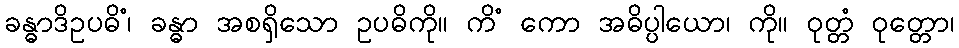
ခန္ဓာဒိဥပဓိံ၊ ခန္ဓာ အစရှိသော ဥပဓိကို။ ကိံ ကော အဓိပ္ပါယော၊ ကို။ ဝုတ္တံ ဝုတ္တော၊